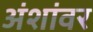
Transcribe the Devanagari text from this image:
अंशांवर